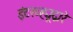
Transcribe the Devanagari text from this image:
इंटरव्ह्यूद्वारे